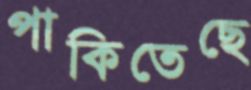
পাকিতেছে